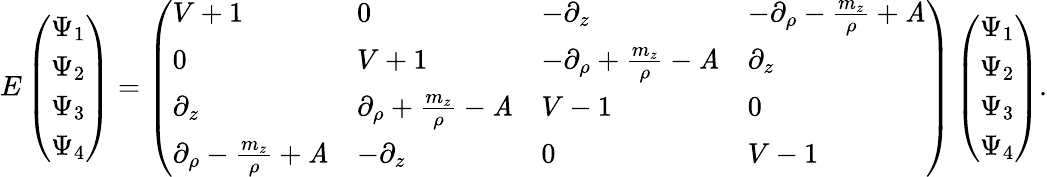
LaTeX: E\left(\begin{array}{l}{{{\Psi_{1}}}}\\ {{{\Psi_{2}}}}\\ {{{\Psi_{3}}}}\\ {{{\Psi_{4}}}}\end{array}\right)=\left(\begin{array}{llll}{{V+1}}&{{0}}&{{-\partial_{z}}}&{{-\partial_{\rho}-{\frac{m_{z}}{\rho}}+\mathit{A}}}\\ {{0}}&{{V+1}}&{{-\partial_{\rho}+{\frac{m_{z}}{\rho}}-\mathit{A}}}&{{\partial_{z}}}\\ {{\partial_{z}}}&{{\partial_{\rho}+{\frac{m_{z}}{\rho}}-\mathit{A}}}&{{V-1}}&{{0}}\\ {{\partial_{\rho}-{\frac{m_{z}}{\rho}}+\mathit{A}}}&{{-\partial_{z}}}&{{0}}&{{V-1}}\end{array}\right)\left(\begin{array}{l}{{{\Psi_{1}}}}\\ {{{\Psi_{2}}}}\\ {{{\Psi_{3}}}}\\ {{{\Psi_{4}}}}\end{array}\right).